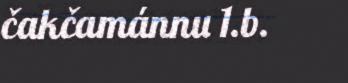
čakčamánnu 1.b.